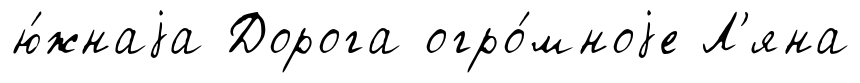
ю́жнаjа Дорога огро́мноjе Л'яна